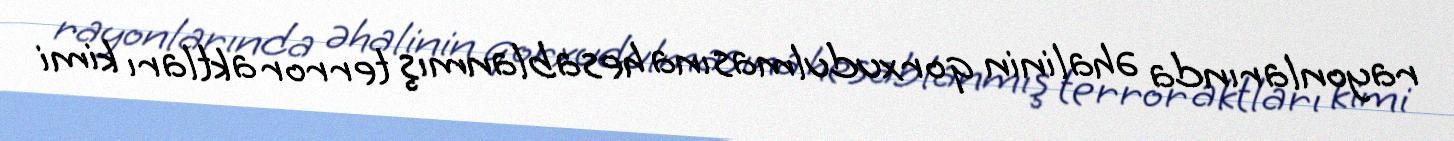
rayonlarında əhalinin qorxudulmasına hesablanmış terror aktları kimi